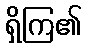
ရှိကြ၏